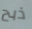
ذبح